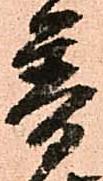
普